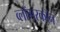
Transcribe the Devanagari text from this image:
व्लॉगरकॉन